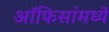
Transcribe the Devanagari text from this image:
ऑफिसांमध्ये